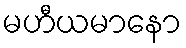
မဟီယမာနော